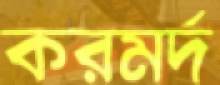
করমর্দ